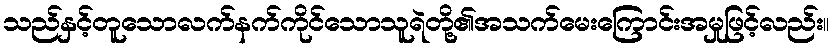
သည်နှင့်တူသောလက်နက်ကိုင်သောသူရဲတို့၏အသက်မေးကြောင်းအမှုဖြင့်လည်း။